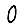
Digit: 0